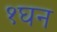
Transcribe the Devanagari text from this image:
१घन